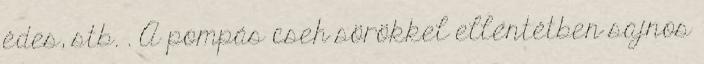
édes, stb. . A pompás cseh sörökkel ellentétben sajnos